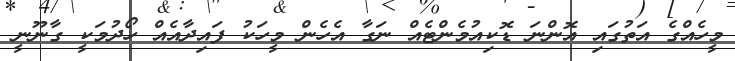
މީހެއްގެ އަތުގައި އޮންނަ ޑޮކިއުމެންޓެއް ނަގާ އެހެން މީހަކު ފައިދާއެއް ހޯދުމަކީ ގާނޫނީ